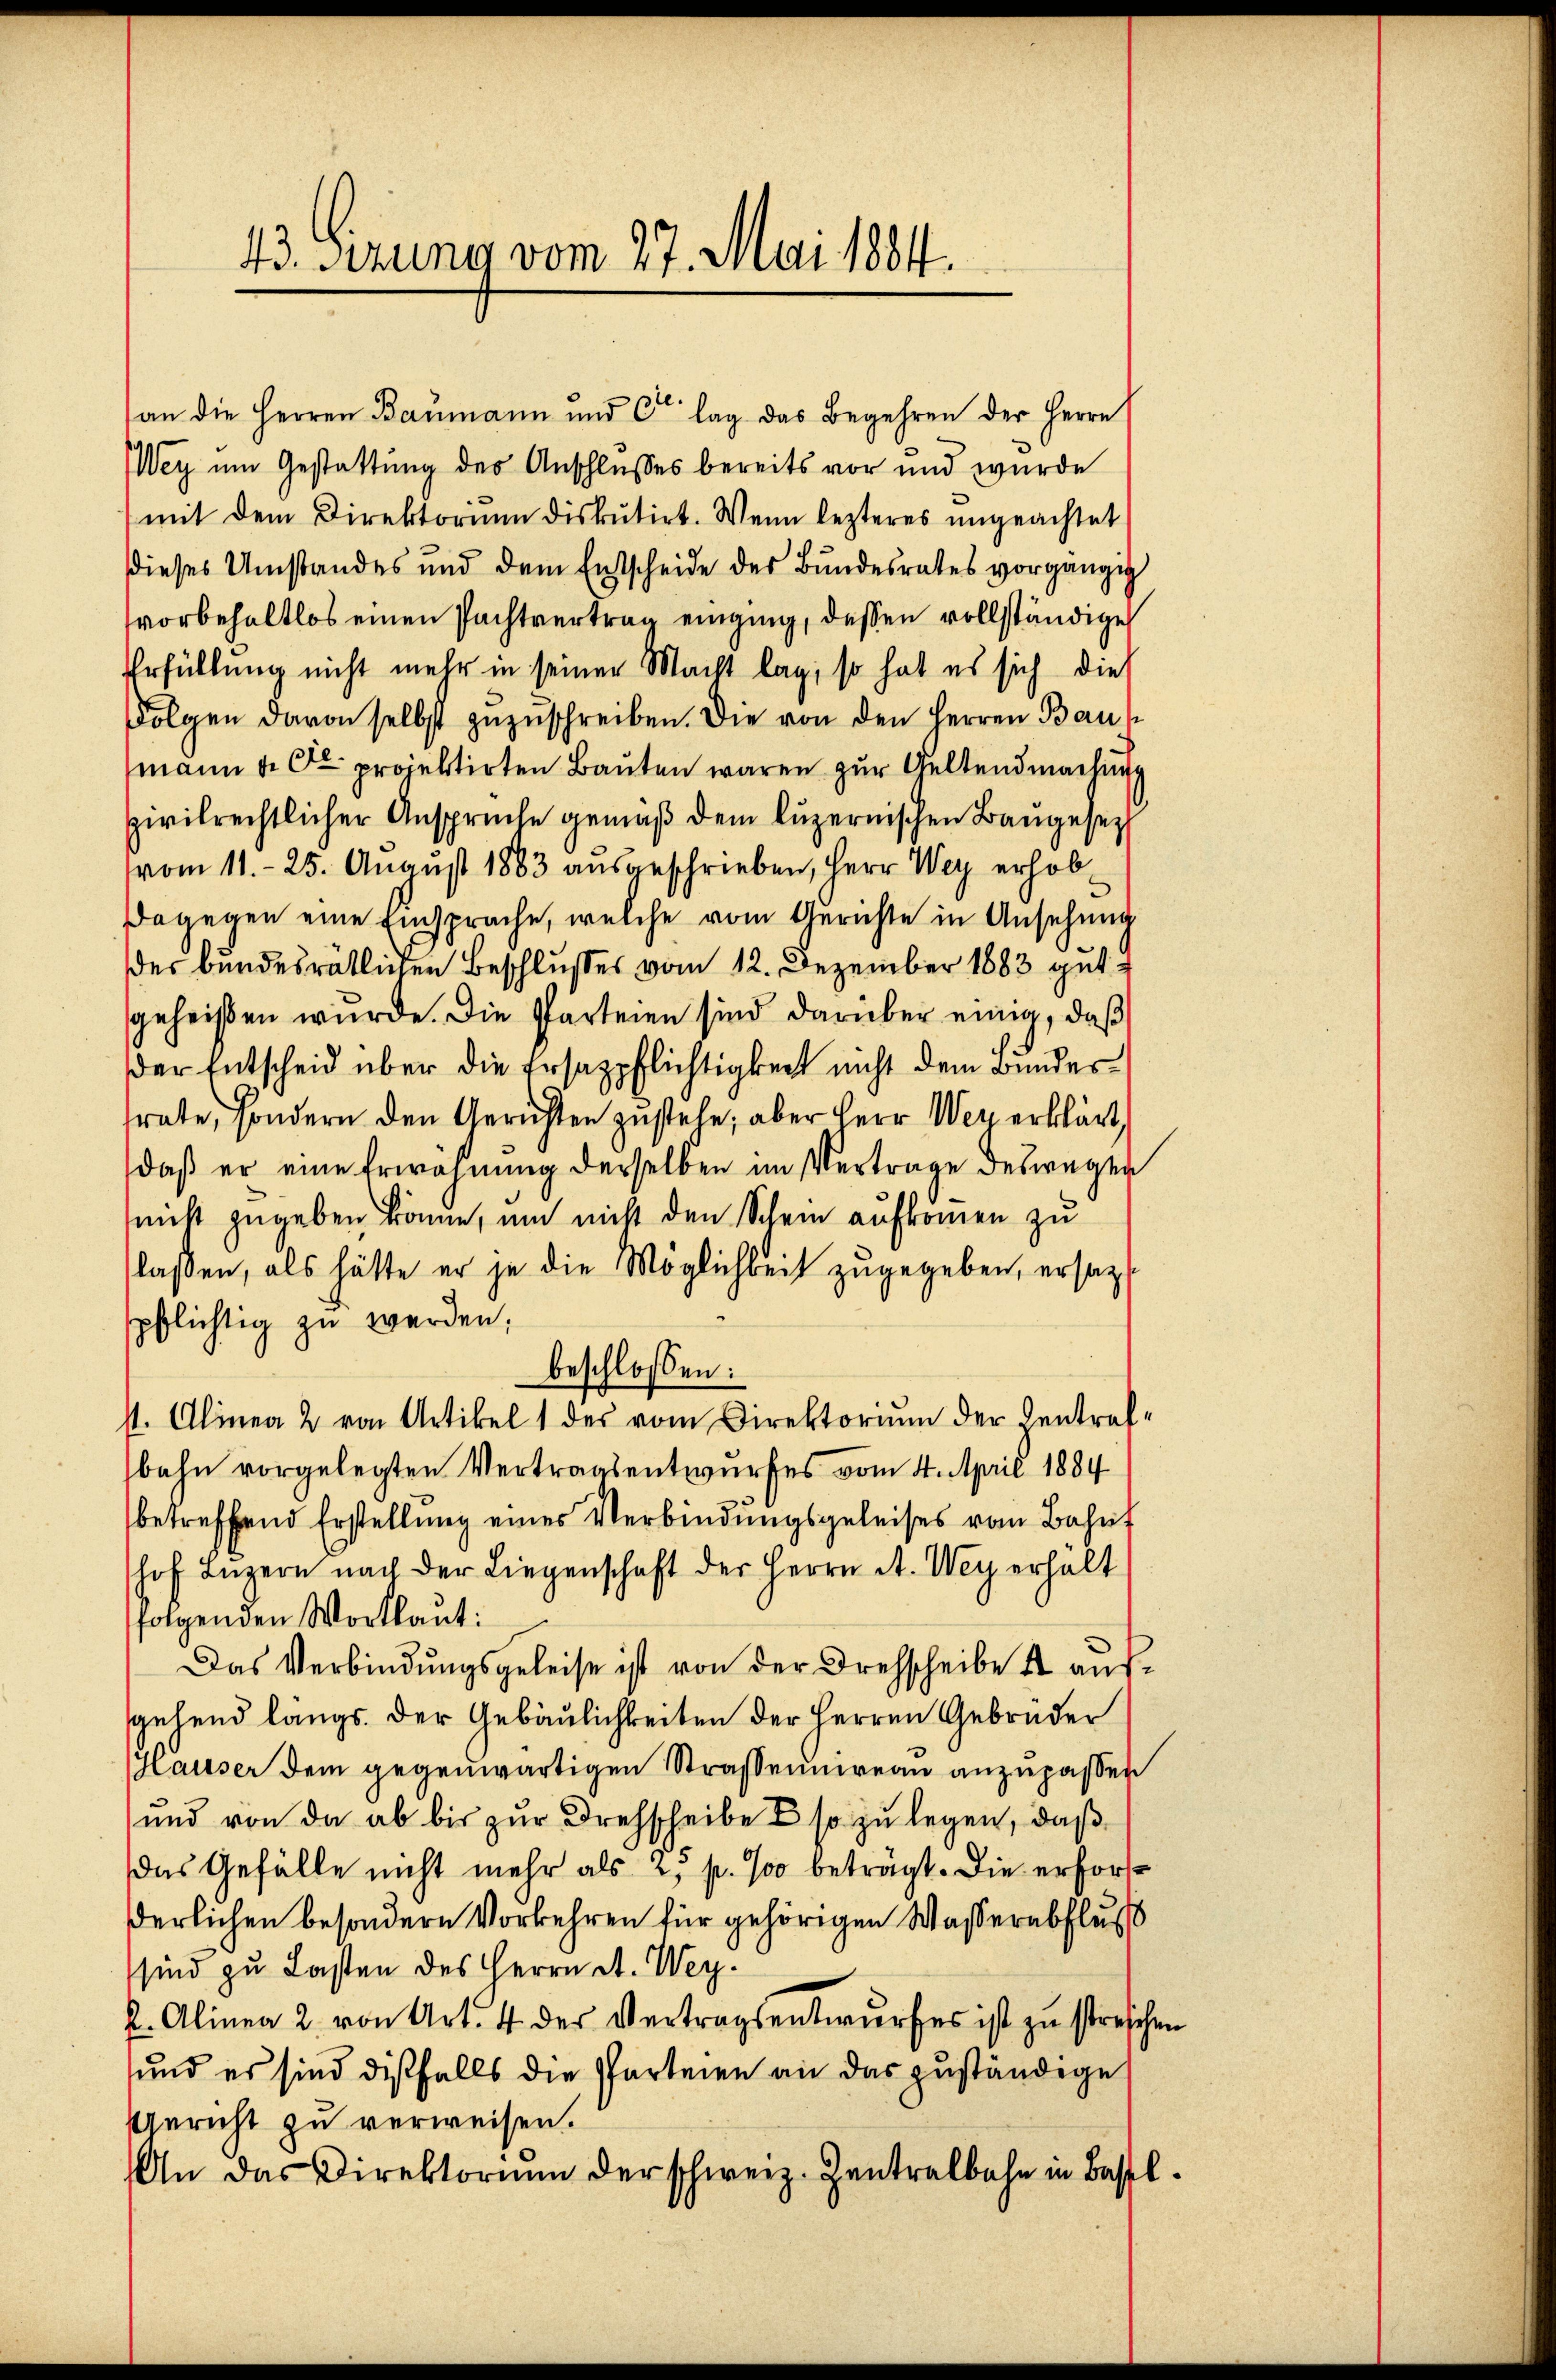
43. Gerung vom 27. Mai 1884.

an die Herren Baumann und Co lag das Begehren der Herrn
Wey um Gestattung des Anschlusses bereits vor und wurde
mit dem Direktorium diskutirt. Wenn lezteres ungeachtet
dieses Umstandes und dem Entscheide des Bundesrates vorgängig
svorbehaltlos einen Pachtvertrag einging, dessen vollständige
Erfüllung nicht mehr in seiner Macht lag, so hat es sich dies
Folgen davon selbst zuzuschreiben. Die von den Herren Baus
mann u. de projektirten Bauten waren zur Geltendmachung
sivilrechtlicher Ansprüche gemäß dem Luzernischen Bangesetz
vom 11.- 25. August 1883 aŭsgeschrieben, Herr Wey erhob-
Dagegen eine Einsprache, welche vom Gerichte in Ansehung
des bundesrätlichen Beschlußes vom 12. Dezember 1883 gut
sgeheißen würde. Die Parteien sind darüber einig, daß
der Entscheid über die Ersatzpflichtigkeit nicht dem Bundesrate, sondern den Gerichten zustehe; aber Herr Wer erklärt,
daß er eine Erwähnung derselben im Vertrage deswegen
nicht zugeben könne, um nicht den Schein aufkommen zu
laßen, als hätte er je die Möglichkeit zugegeben, ersezt
pflichtig zu werden;
beschloßen:
st. Alinea 2 von Artikel 1 des vom Direktorium der Zentretbahn vorgelegten Vertragsentwurfes vom 4. April 1884
betreffend Erstellung eines Verbindŭngsgeleises vom Bahnf
hof Lŭzern nach der Liegenschaft der Herrn A. Wey erhalt
folgenden Wortlaut:
Das Verbindungsgeleise ist von der Drehscheibe 4 aussgehend langs. Der Gebäulichkeiten der Herren Gebrüder
Hauser dem gegenwärtigen Straßenuireau anzupassen
und von da ab bis zur Drehscheibe & so zu legen, daß
das Gefälle nicht mehr als 25 p. 700 beträgt. Die erforsderlichen besondern Vorkehren für gehörigen Waßerabfluß
sind zu Lasten des Herrn St. Weyk. Alinea 2. von Art. 4 der Vertragsentwŭrfes ist zu streichen
und es sind dißfalls die Parteien an das zuständige
Gericht zu verweisen.
An das Direktorium der schweiz. Zentralbahn in Basel¬